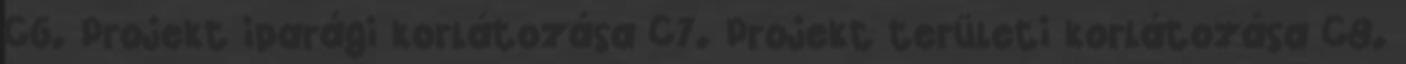
C6. Projekt iparági korlátozása C7. Projekt területi korlátozása C8.